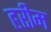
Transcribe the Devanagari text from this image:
हरीम